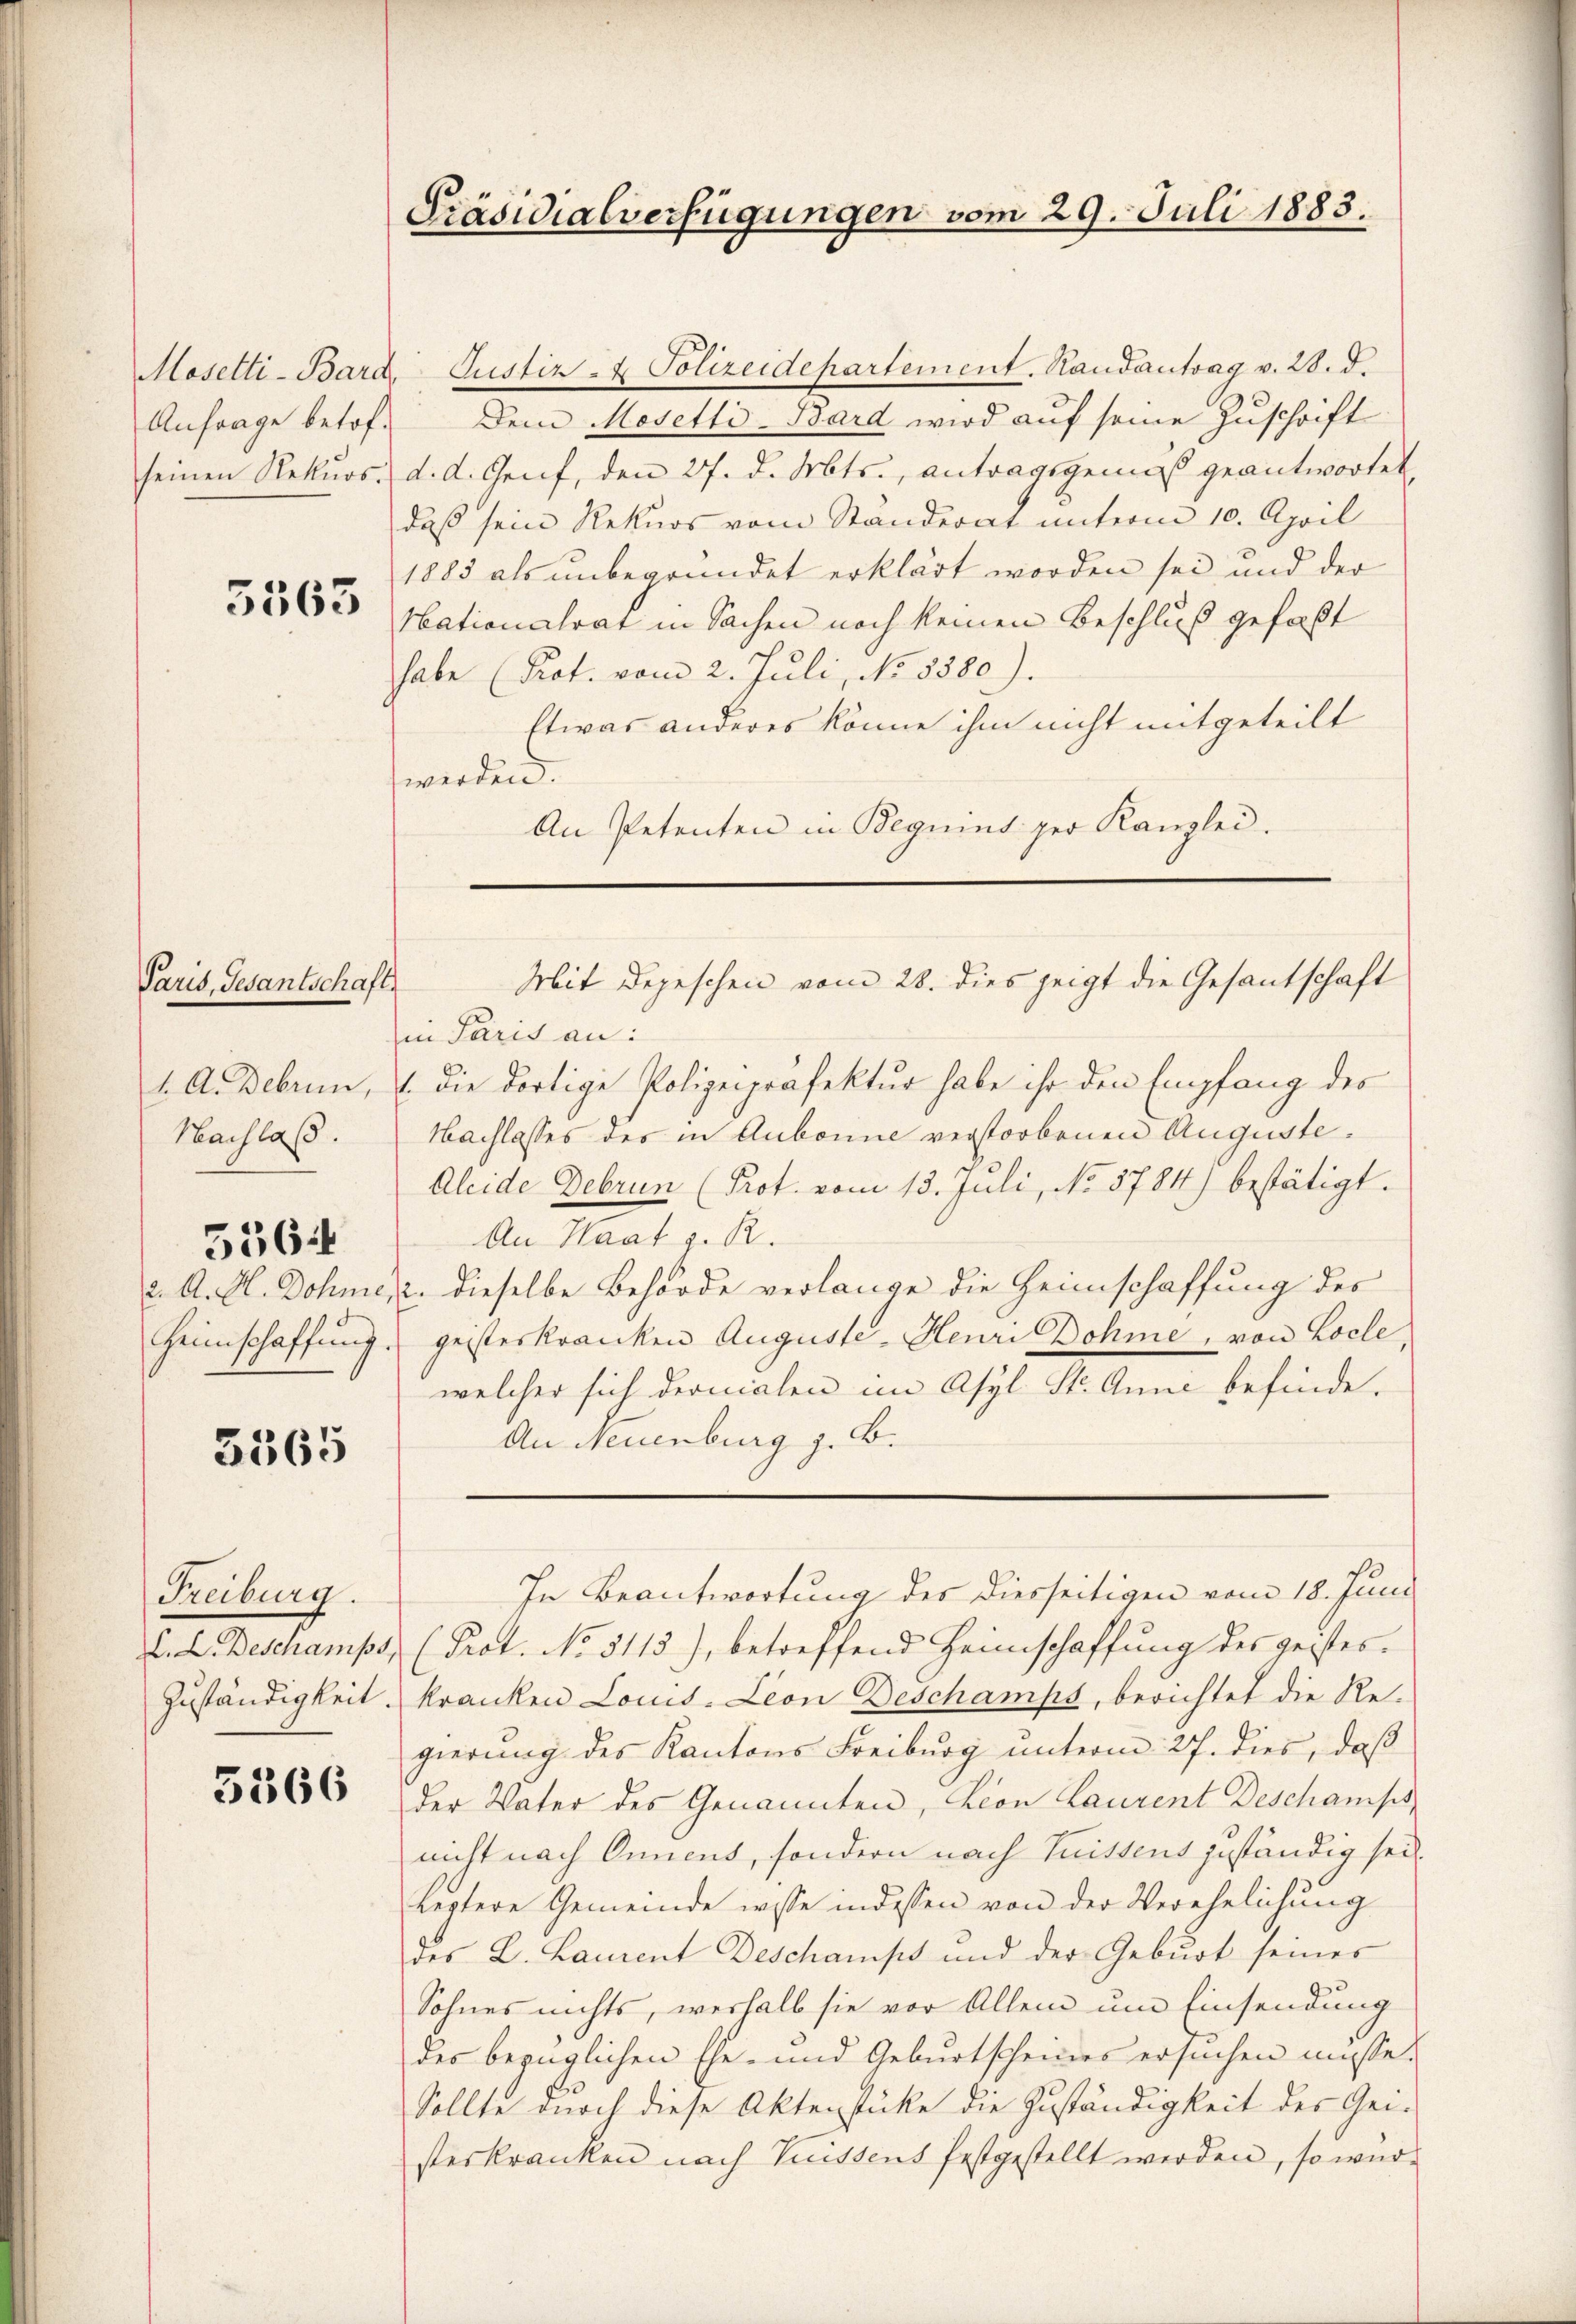
Mosetti-Bard,
Anfrage betof¬

5563

Paris, Gesantschaft
Nachlaß.

2. A. H. Dohme
Heimschaffung

5364

3365

Freiburg.

5366

Justiz- & Polizeidepartement. Randantrag v. 28. d.
Dem Mosetti-Bard wird auf seine Zuschrift
seinen Rekurs d. d. Genf, den 27. d. Mts., antragsgemäß geantwortet,
daß sein Rekurs vom Ständerat unterm 10. April
1883 als unbegründet erklärt worden sei, und der
Nationalrat in Sachen noch keinen Beschluß gefaßt
habe (Prot. vom 2. Juli, No. 8380).
Etwas anderes könne ihm nicht mitgeteilt
werden.
An Petenten in Beguins per Kanzlei.

Präsidialverfügungen vom 29. Juli 1883.

Mit Depeschen vom 28. dies zeigt die Gesantschaft

in Paris an:
1. A. Debrun, 1. die dortige Polizeipräfektur habe ihr den Empfang des
Nachlasses des in Aubonne verstorbenen Auguste¬
Aleide Debrun (Prot. vom 13. Juli, No 5784) bestätigt.
An Haat z. R.
12. dieselbe Behörde verlange die Heimschaffung des
geisteskranken Auguste. Henri Dohme, von Locle,
welcher sich dernialen im Asyl St. Anna befinde.
An Neuenburg z. B.
In Beantwortung des diesseitigen vom 18. Juni
E. L. Beschamps, (Prot. No 5113), betreffend Heimschaffung des geistes¬
Zuständigkeit. Kranken Louis-Leon Deschamps, berichtet die Re-
gierung des Kantons Freiburg unterm 27. dies, daß
der Vater des Genannten, Leon Laurent Beschamps,
nicht nach Onnens, sondern nach Suissens zuständig sei.
Leztere Gemeinde wisse indessen von der Verehelichung
des L. Laurent Deschampt und der Geburt seines
Sohnes nichts, weshalb sie vor Allem um Einsendung
des bezüglichen Ehe- und Geburtscheines ersuchen müsse.
Sollte durch diese Aktenstücke die Zuständigkeit des Gei-
sterkranken nach Suissens festgestellt werden, so wür¬